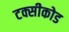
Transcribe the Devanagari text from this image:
टक्सीकोड